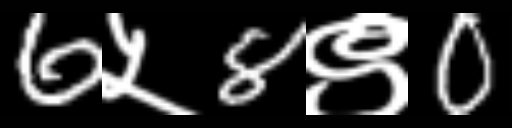
Text: 6५8९0